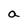
Character: a